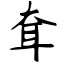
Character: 耷